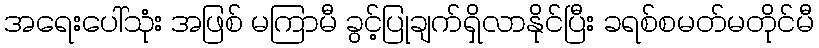
အရေးပေါ်သုံး အဖြစ် မကြာမီ ခွင့်ပြုချက်ရှိလာနိုင်ပြီး ခရစ်စမတ်မတိုင်မီ